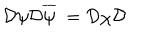
\mathcal { D } \psi \mathcal { D } \overline { { { \psi } } } \; = \mathcal { D } \chi \mathcal { D }